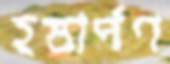
হস্তার্পণ